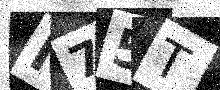
Text: I75T